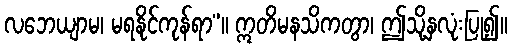
လဘေယျာမ၊ မရနိုင်ကုန်ရာ”။ ဣတိမနသိကတွာ၊ ဤသို့နှလုံးပြု၍။